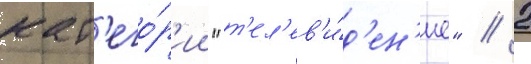
кат'его́р'ии "т'ел'ев'и́д'ен'ие" // 2